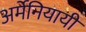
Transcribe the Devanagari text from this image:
अर्मेनियायी